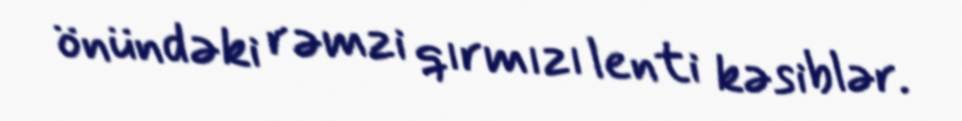
önündəki rəmzi qırmızı lenti kəsiblər.